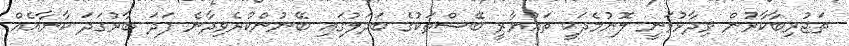
ތަޖުރިބާކާރުން ވިދާޅުވަނީ ލޮނުމެދަކީ ތައްޔާރީ ބޭސްތަކުގެ ބަދަލުގައި ބޭނުންކުރެވިދާނެ ފަދަ ބާރުގަދަ ކާނާއެއް